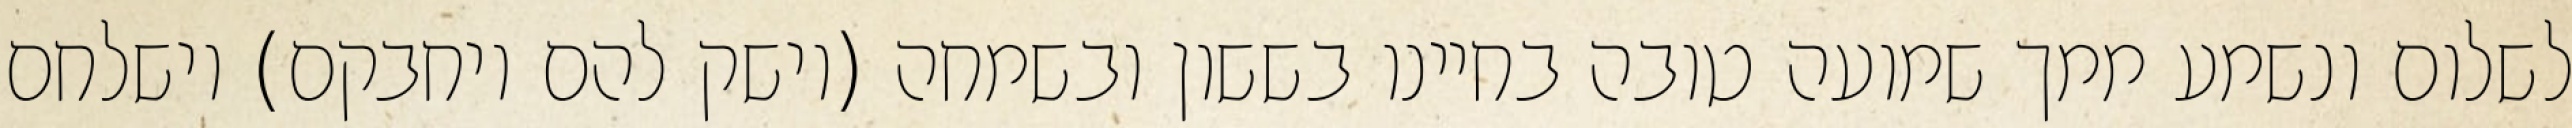
לשלום ונשמע ממך שמועה טובה בחיינו בששון ובשמחה (וישק להם ויחבקם) וישלחם